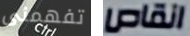
تفهمنى انقاص